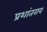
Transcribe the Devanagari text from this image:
प्रशांतराव